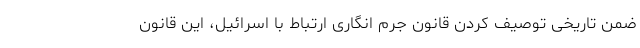
ضمن تاریخی توصیف کردن قانون جرم انگاری ارتباط با اسرائیل، این قانون